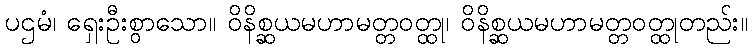
ပဌမံ၊ ရှေးဦးစွာသော။ ဝိနိစ္ဆယမဟာမတ္တဝတ္ထု၊ ဝိနိစ္ဆယမဟာမတ္တဝတ္ထုတည်း။